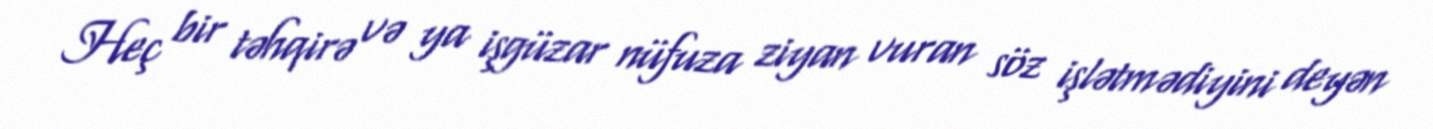
Heç bir təhqirə və ya işgüzar nüfuza ziyan vuran söz işlətmədiyini deyən